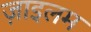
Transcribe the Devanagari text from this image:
ज़ाइलम